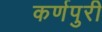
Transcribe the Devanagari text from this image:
कर्णपुरी